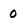
Character: 0